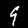
Label: 9